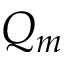
Q _ { m }